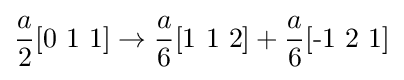
{\frac {a}{2}}[{\text{0 1 1}}]\rightarrow {\frac {a}{6}}[{\text{1 1 2}}]+{\frac {a}{6}}[{\text{-1 2 1}}]